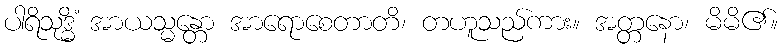
ပါရိသုဒ္ဓိံ အာယသ္မန္တော အာရောစေတာတိ၊ တဟူသည်ကား။ အတ္တနော၊ မိမိ၏။